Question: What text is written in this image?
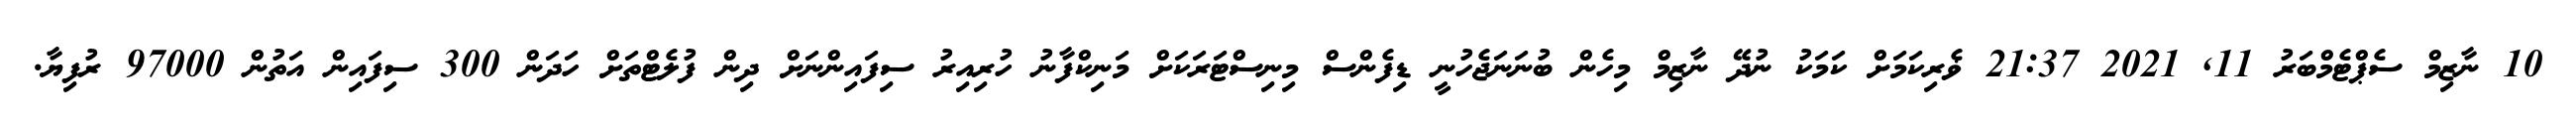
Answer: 10 ނާޒިމް ސެޕްޓެމްބަރު 11, 2021 21:37 ޥެރިކަމަށް ކަމަކު ނުދޭ ނާޒިމް މިހެން ބުނަނަޖެހުނީ ޑިފެންސް މިނިސްޓަރަކަށް މަނިކްފާނު ހުރިއިރު ސިފައިންނަށް ދިން ފުލެޓްތަށް ހަދަން 300 ސިފައިން އަތުން 97000 ރުފިޔާ.